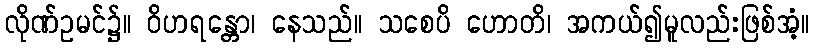
လိုဏ်ဥမင်၌။ ဝိဟရန္တော၊ နေသည်။ သစေပိ ဟောတိ၊ အကယ်၍မူလည်းဖြစ်အံ့။